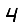
Digit: 4